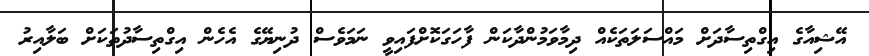
އޭޝިއާގެ އިގްތިސާދަށް މައްސަލަތަކެއް ދިމާވަމުންދާކަން ފާހަގަކޮށްފައިވީ ނަމަވެސް ދުނިޔޭގެ އެހެން އިގްތިސާދުތަކަށް ބަލާއިރު